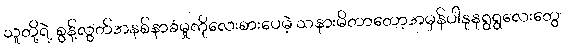
သူတို့ရဲ့ စွန့်လွတ်အနစ်နာခံမှုကိုလေးစားပေမဲ့ သနားမိတာတော့အမှန်ပါနုနုရွရွလေးတွေ